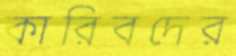
কারিবদের